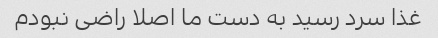
غذا سرد رسید به دست ما اصلا راضی نبودم